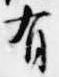
有